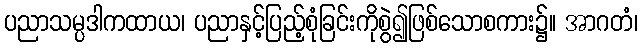
ပညာသမ္ပဒါကထာယ၊ ပညာနှင့်ပြည့်စုံခြင်းကိုစွဲ၍ဖြစ်သောစကား၌။ အာဂတံ၊